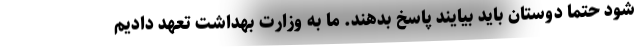
شود حتما دوستان باید بیایند پاسخ بدهند. ما به وزارت بهداشت تعهد دادیم